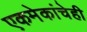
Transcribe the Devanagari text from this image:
एकमेकांचेही